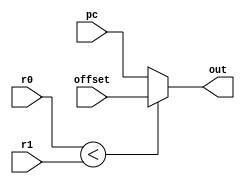
module ble(
    input [31:0] r0,
    input [31:0] r1,
    input [31:0] offset,
    input [31:0] pc,
    output reg [31:0] out
);

always @* begin
    if(r0 < r1) begin
        out = offset;
    end else begin
        out = pc ;
    end
end


endmodule